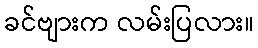
ခင်ဗျားက လမ်းပြလား။